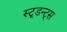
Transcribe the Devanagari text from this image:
स्टूडन्ट्स